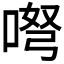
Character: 𱓕